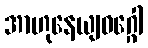
အာဟုနေယျဝဂ္ဂေါ